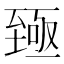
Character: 𫇐